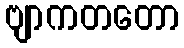
ဗျာကတတော